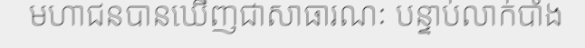
មហាជនបានឃើញជាសាធារណៈ បន្ទាប់លាក់បាំង